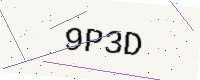
Text: 9P3D